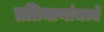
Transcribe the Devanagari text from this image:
प्रतिमाणांमध्ये